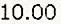
10.00